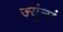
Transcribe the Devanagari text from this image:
ज्यूंनां